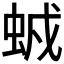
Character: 𧊥